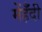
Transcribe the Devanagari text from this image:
मेंहँदी